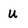
Character: u